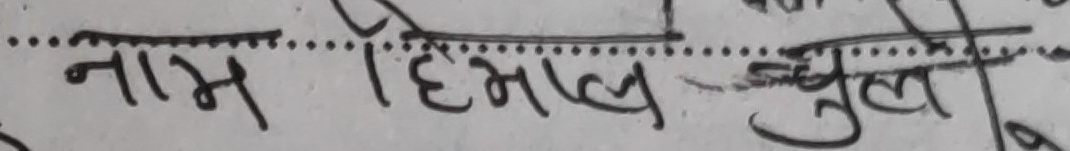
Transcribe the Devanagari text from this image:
नाम हिमाल जुल